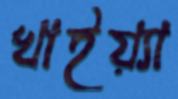
খাইয়্যা